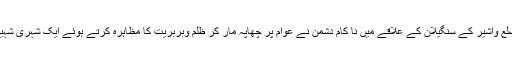
انا للہ وانا الیہ راجعون دوسری جانب پیر کے رات ضلع واشیر کے سنگیلان کے علاقے میں نا کام دشمن نے عوام پر چھاپہ مار کر ظلم وبربریت کا مظاہرہ کرتے ہوئے ایک شہری شہید، دوسرا زخمی، جبکہ 2 گرفتار کرکے فرار ہوئے۔